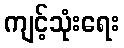
ကျင့်သုံးရေး